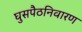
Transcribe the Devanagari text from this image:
घुसपैठनिवारण